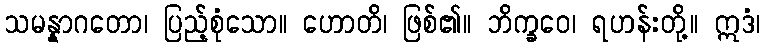
သမန္နာဂတော၊ ပြည့်စုံသော။ ဟောတိ၊ ဖြစ်၏။ ဘိက္ခဝေ၊ ရဟန်းတို့။ ဣဒံ၊